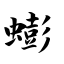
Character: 蟛